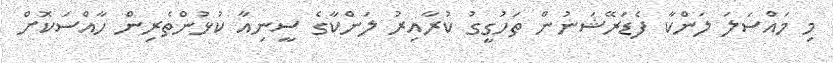
މި މައްސަލަ ލަންކާ ފެޑަރޭޝަނުން ތަހުގީގު ކުރާއިރު ލަންކާގެ ސީނިއާ ކުޅުންތެރިން ހާއްސަކޮށް